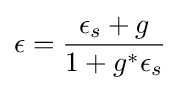
\epsilon ={\frac {\epsilon _{s}+g}{1+g^{*}\epsilon _{s}}}